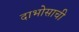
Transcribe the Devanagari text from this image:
दाभोसाची